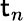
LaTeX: \mathsf{t}_{n}